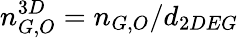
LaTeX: n_{G,O}^{3D}=n_{G,O}/d_{2DEG}